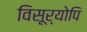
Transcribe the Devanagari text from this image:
विसूर्योपि